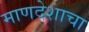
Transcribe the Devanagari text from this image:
माणदेशाचा